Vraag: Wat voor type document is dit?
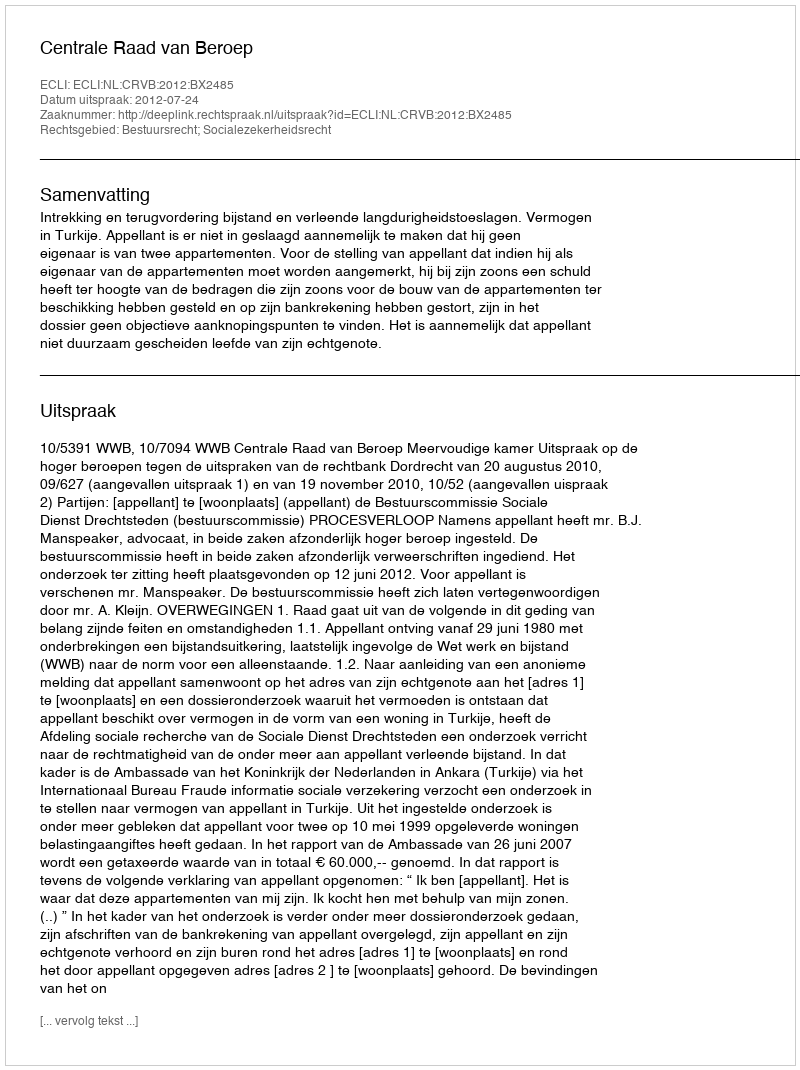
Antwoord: Uitspraak